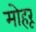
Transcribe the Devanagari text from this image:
मोहरू